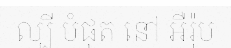
ល្បី បំផុត នៅ អឺរ៉ុប